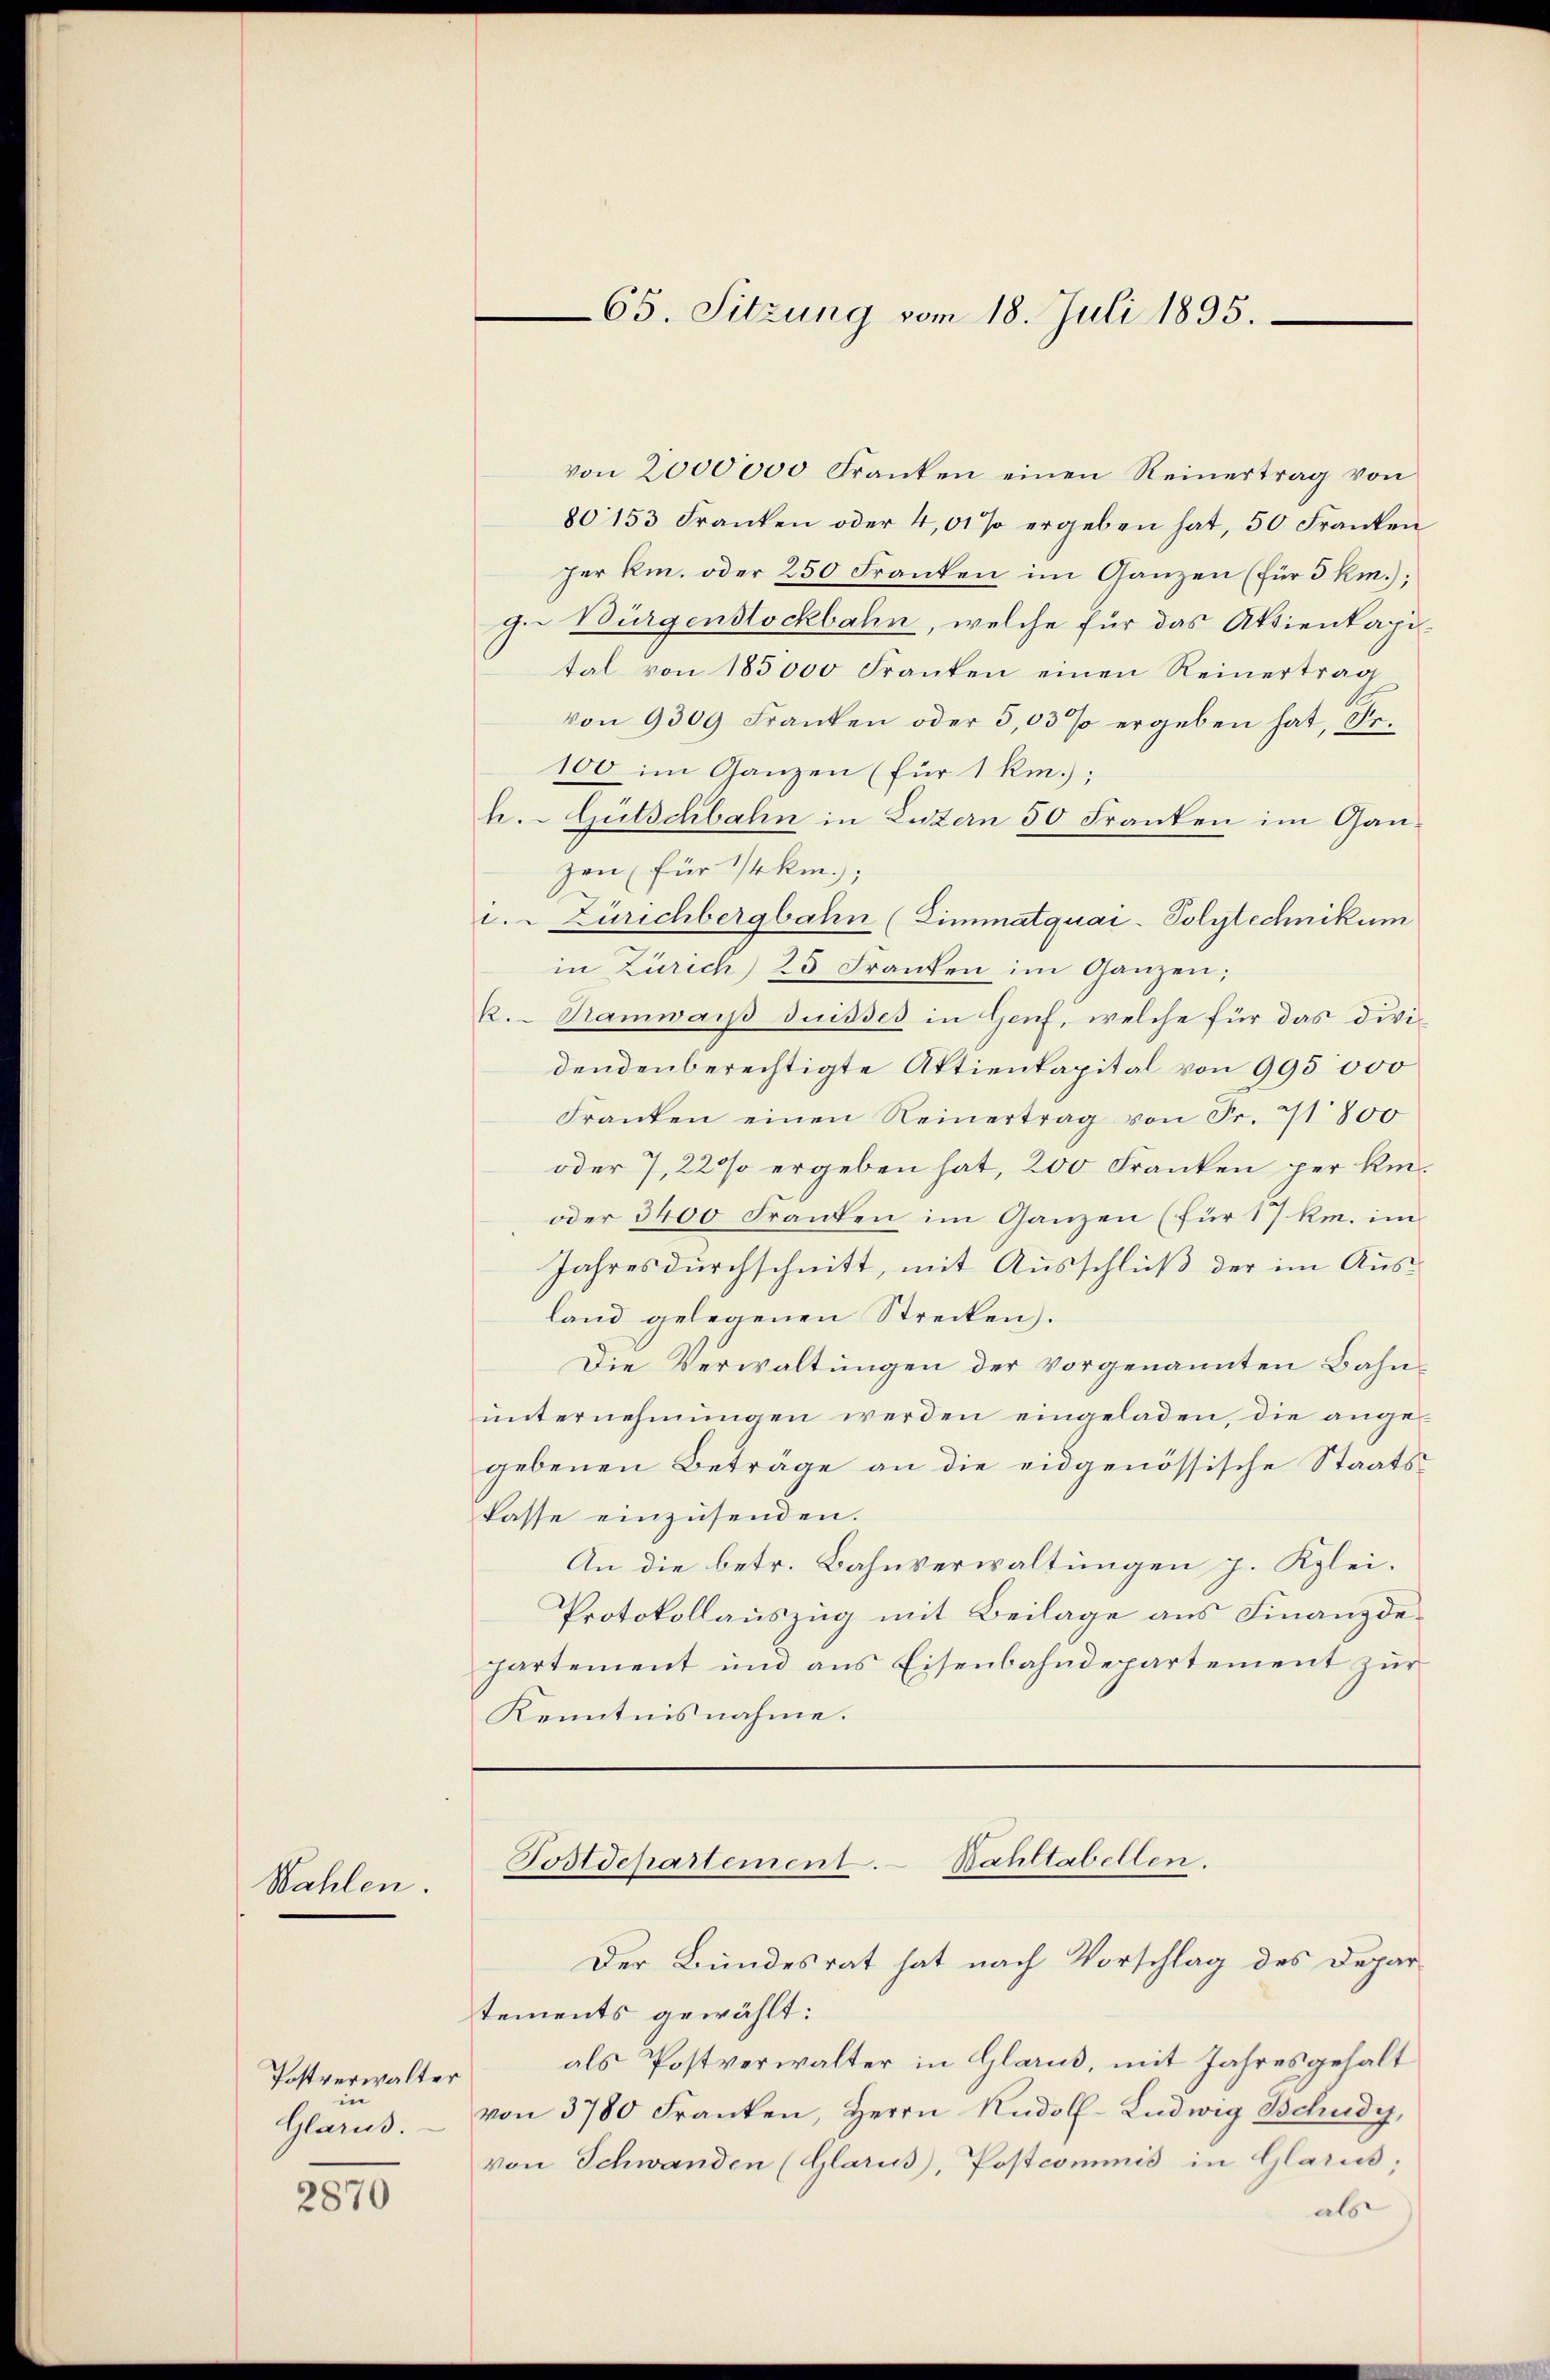
Wahlen.

Postverwalter
Glarus.

2870

65. Sitzung vom 18. Juli 1895.

von 2000000 Franken einen Reinertrag von
80153 Franken oder 4,01 % ergeben hat, 50 Franken
per k. oder 250 Franken im Ganzen (für 3 Km.);
ge Bürgenstockbahn, welche für das Aktienkapital von 185000 Franken einen Reinertrag
von 9300 Franken oder 3,03 % ergeben hat, Fr.
100 im Ganzen (für 1 km.);
h.-Gütschbahn in Luzern 50 Franken im Ganzen (für 1/4 km.);
i. Zürichbergbahn (Limmatquai- Polytechnikum
in Zürich 25 Franken im Ganzen;
k. Ramwais duisses in Genf, welche für das dividendenberechtigte Aktienkapital von 995 000
Franken einen Reinertrag von Fr. 1800
oder 7,22% ergeben hat, 200 Franken per kin¬
oder 3400 Franten im Ganzen (für 17 km. im
Jahres durchschnitt, mit Ausschluß der im Ausland gelegenen Strecken.
Die Verwaltungen der vorgenannten Bahnunternehmungen werden eingeladen, die angegebenen Beträge an die eidgenössische Staatskasse einzusenden.
An die betr. Bahnverwaltungen p. Klei¬
Protokollauszug mit Beilage aus Finanzdepartement und aus Eisenbahndepartement zur
Kenntnisnahme.
Postdepartement. Bahltabellen.
Der Bundesrat hat nach Vorschlag des Depar
tements gewählt:
als Postverwalter in Glarus, mit Jahresgehalt
von 3780 Franken, Herrn Rudolf-Ludwig Tschudy,
von Schwanden (Glarus, Postcommnis in Glarus;
als